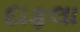
દાફલા